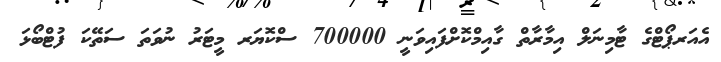
އެއަރޕޯޓްގެ ޓާމިނަލް އިމާރާތް ގާއިމްކޮށްފައިވަނީ 700000 ސްކޮޔަރ މީޓަރު ނުވަތަ ސަތޭކަ ފުޓްބޯޅަ